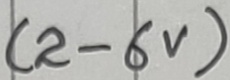
Text: (2-6V)